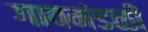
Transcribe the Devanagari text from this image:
गावमंडळी